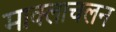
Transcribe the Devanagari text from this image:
माक्लाचलन